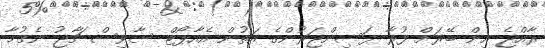
ރާއްޖެ އިން ބޭރަށް ފުރާ ފަސިންޖަރުންގެ އަތުން އެއާޕޯޓް ސާވިސް ޗާޖު ނެގުމާ